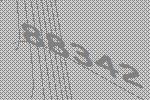
88342